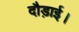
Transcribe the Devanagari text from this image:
दौड़ाई।